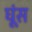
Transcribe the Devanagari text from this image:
घूंस